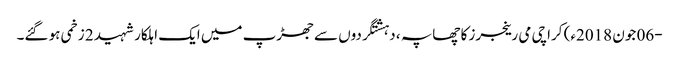
-06 جون 2018ء) کراچی می رینجرز کا چھاپہ ، دہشتگردوں سے جھڑپ میں ایک اہلکار شہید 2 زخمی ہو گئے۔